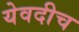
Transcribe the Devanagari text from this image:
येवदीच